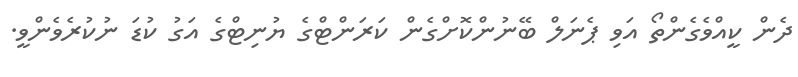
ދެން ކީއްވެގެންތޯ އަވި ޕެނަލް ބޭނުންކޮށްގެން ކަރަންޓްގެ ޔުނިޓްގެ އަގު ކުޑަ ނުކުރެވެންވީ.